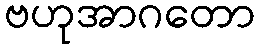
ဗဟုအာဂတော